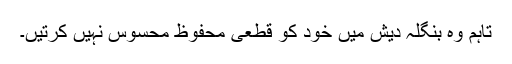
تاہم وہ بنگلہ دیش میں خود کو قطعی محفوظ محسوس نہیں کرتیں۔